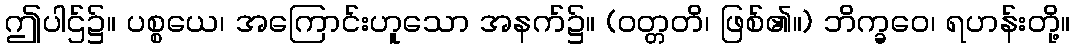
ဤပါဌ်၌။ ပစ္စယေ၊ အကြောင်းဟူသော အနက်၌။ (ဝတ္တတိ၊ ဖြစ်၏။) ဘိက္ခဝေ၊ ရဟန်းတို့။